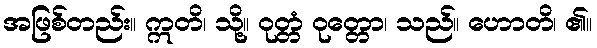
အဖြစ်တည်း။ ဣတိ၊ သို့။ ဝုတ္တံ ဝုတ္တော၊ သည်။ ဟောတိ၊ ၏။